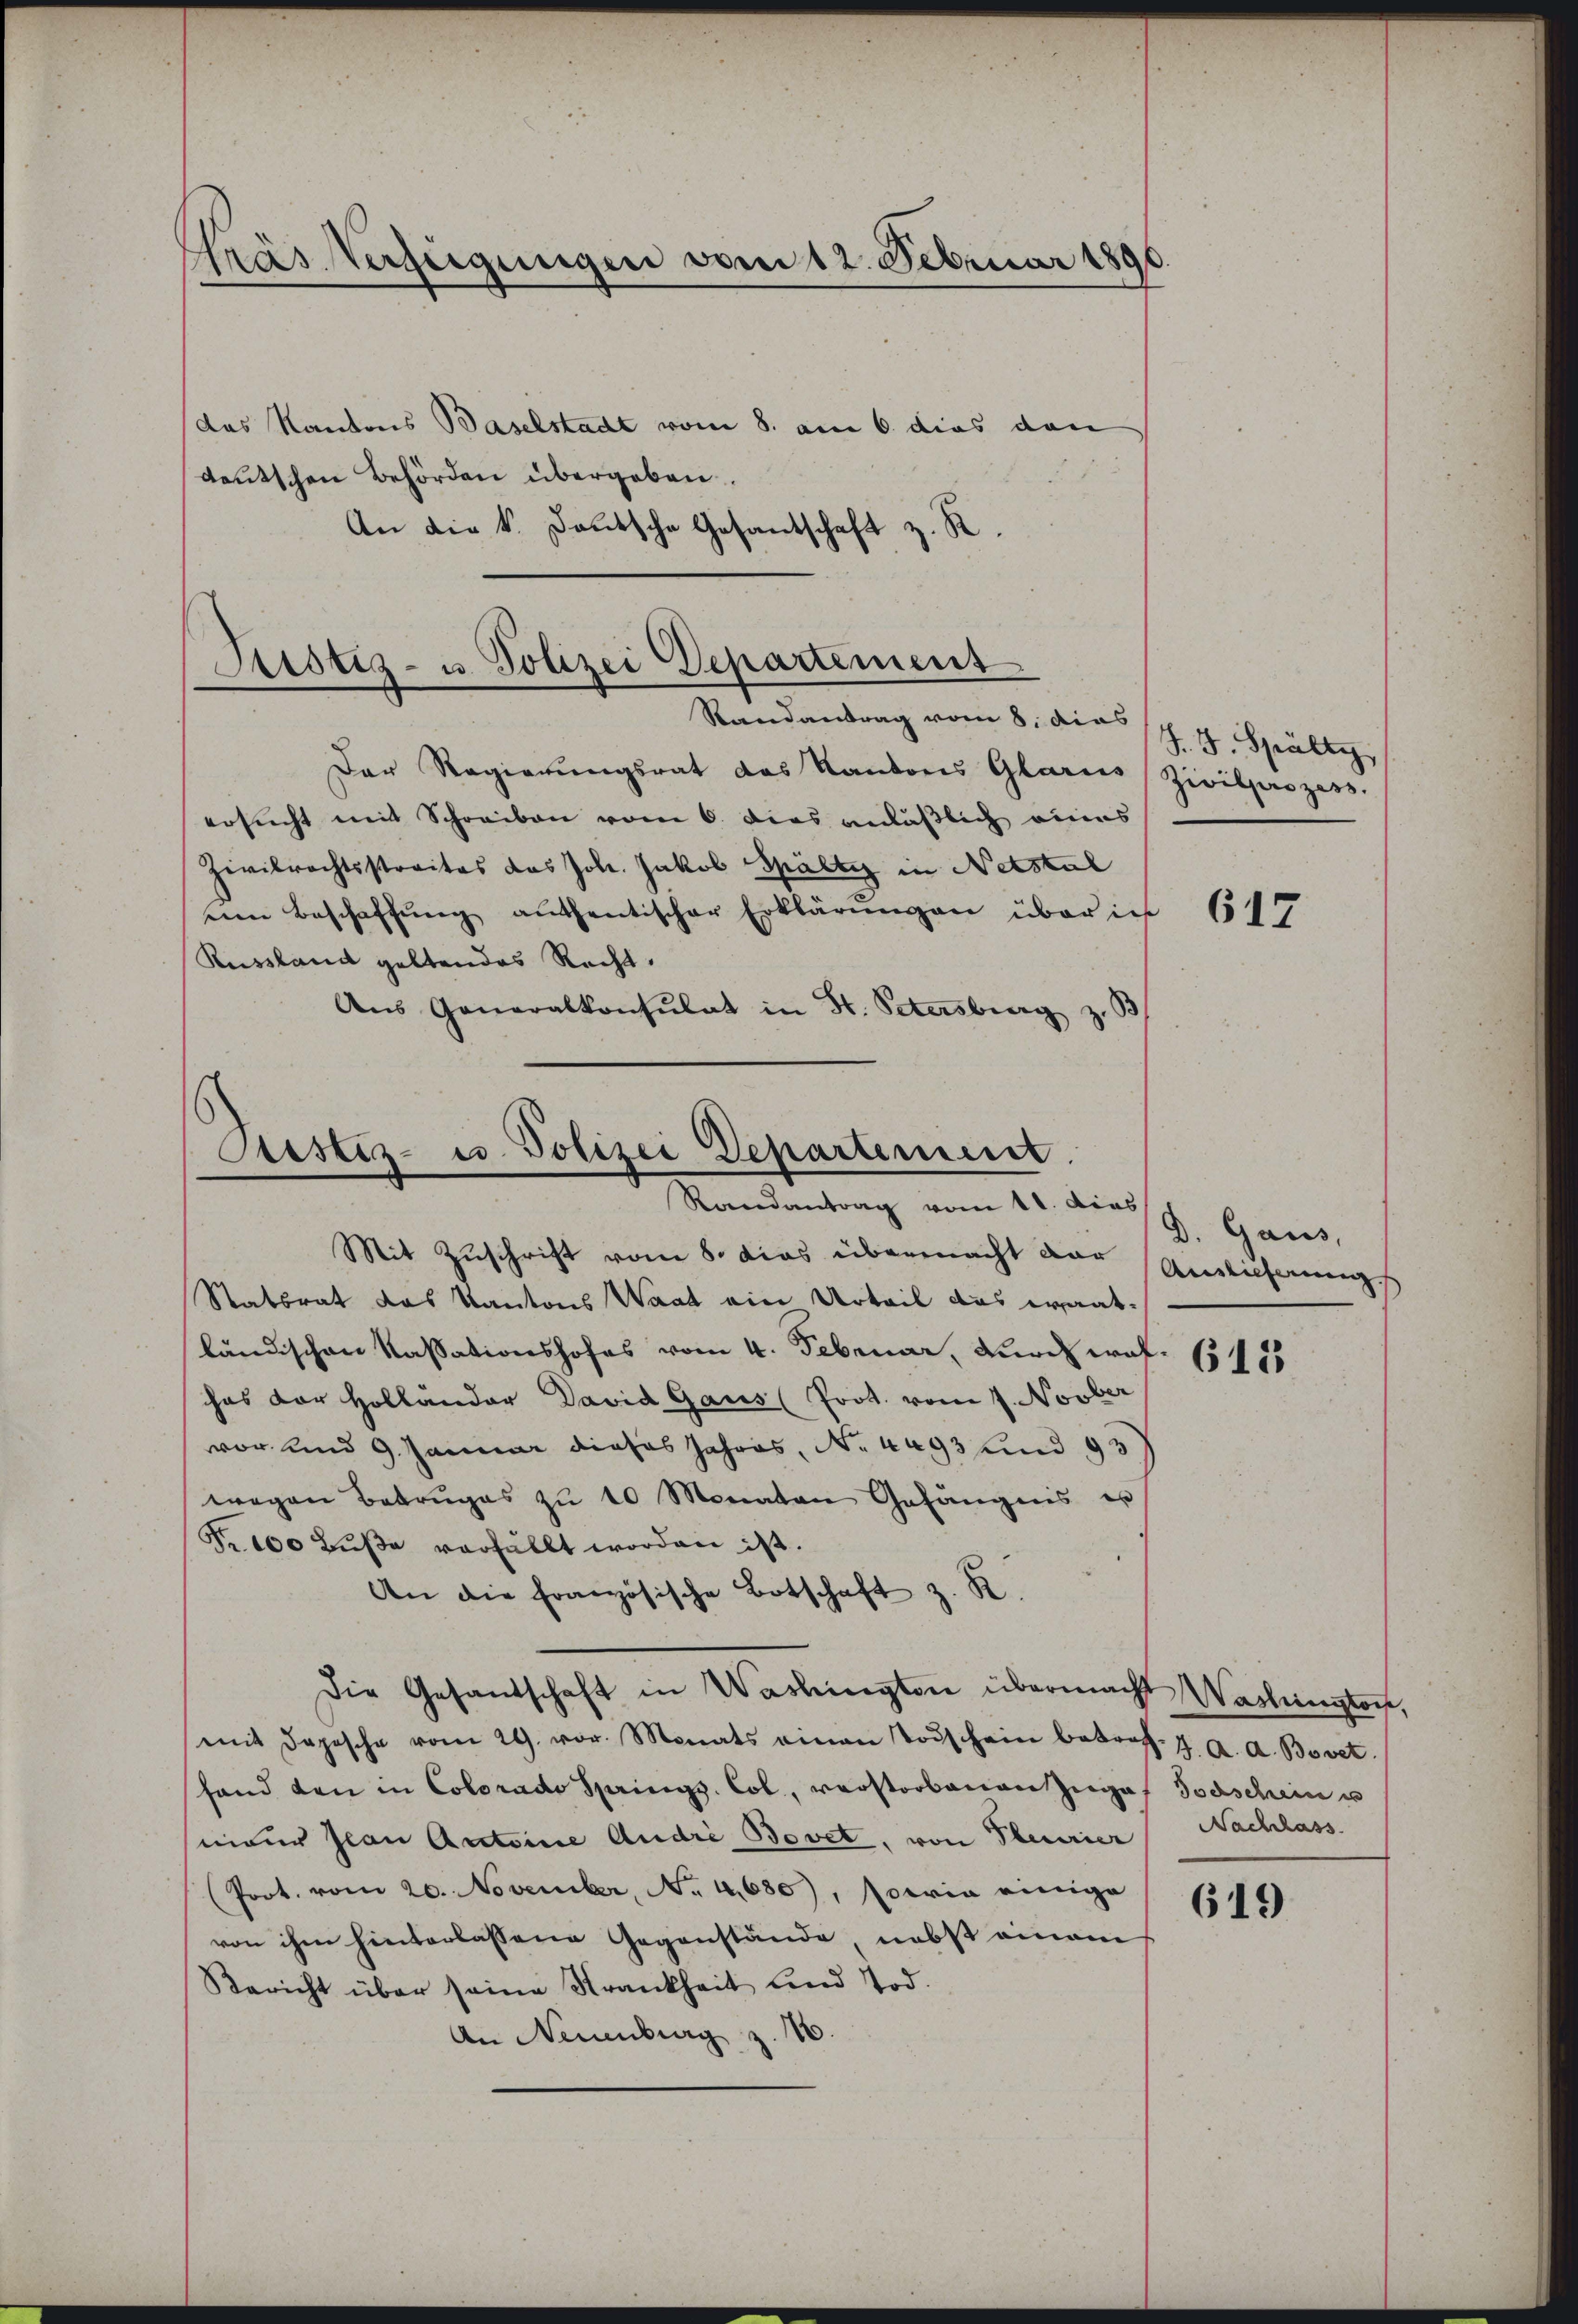
Gras Verfügungen vom 12. Februar 1891

das Kantons Baselstadt vom 8. am 6. dies dan
deutschen Behörden übergeben.
An die k. Deutsche Gesantschaft z. R.

Ptustiz- u. Polizei Departement
e
Randantrag vom 8. dies

Der Regierungsrat das Kantons Glarus
ersucht mit Schreiben vom 6. dies anläßlich eines
Zivilrechtsstraites das Joh. Jakob Spälty in Netstul
eine Beschaffŭng aŭfhentischer Erklärŭngen über in
Russland geltendes Recht.
Ans Generalkonsulat in St. Petersburg z.

Sistiz- u. Polizei Departement.
Randantrag vom 11. dies

Mit Zuschrift vom 8. dies übermacht der Ausführung
Statsrat das Kantons Waat ein Urteil das waatländischen Kassationshofes vom 4. Februar, Furch wohhas der Holländer David Gaus (Prot. vom 7. Novber
vor und 9. Januar dieses Jahres, No. 4493 und 93
wegen Betruges zŭ 10 Monaten Gefängnis er
Fr. 100 Buße verfällt worden ist.
An die Französische Botschaft z. R.
Die Gesandschaft in Washingten übermacht Wastenstoch,
mit Depesche vom 29. vor. Monats einen Todschein betroff. 7. A. A. Bovet.
shand den in Colorado springs Col, verstorbenen Zuges Todschein u
nieur Jean Antoine Andre Bovet, von Theurier Nachlass
(Prot. vom 20. November, No. 4,630), sowia einige
von ihm hinterlassene Gegenstände, nebst einem
Bericht über seine Strankheit und Tod.
An Neuenburg z. 16

F. J. Spälty,
Zivilprozess

617

D. Gaus,

612

619